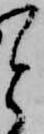
と